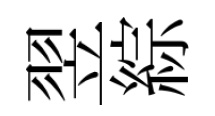
翌綜